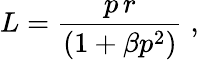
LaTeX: L=\frac{p\, r}{(1+\beta p^{2})}\; ,